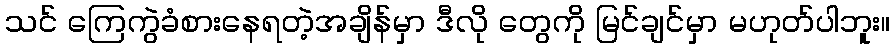
သင် ကြေကွဲခံစားနေရတဲ့အချိန်မှာ ဒီလို တွေကို မြင်ချင်မှာ မဟုတ်ပါဘူး။